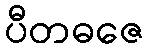
ပီတဓဇေ